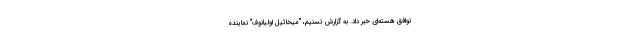
توافق هسته‌ای خبر داد. به گزارش تسنیم، "میخائیل اولیانوف" نماینده